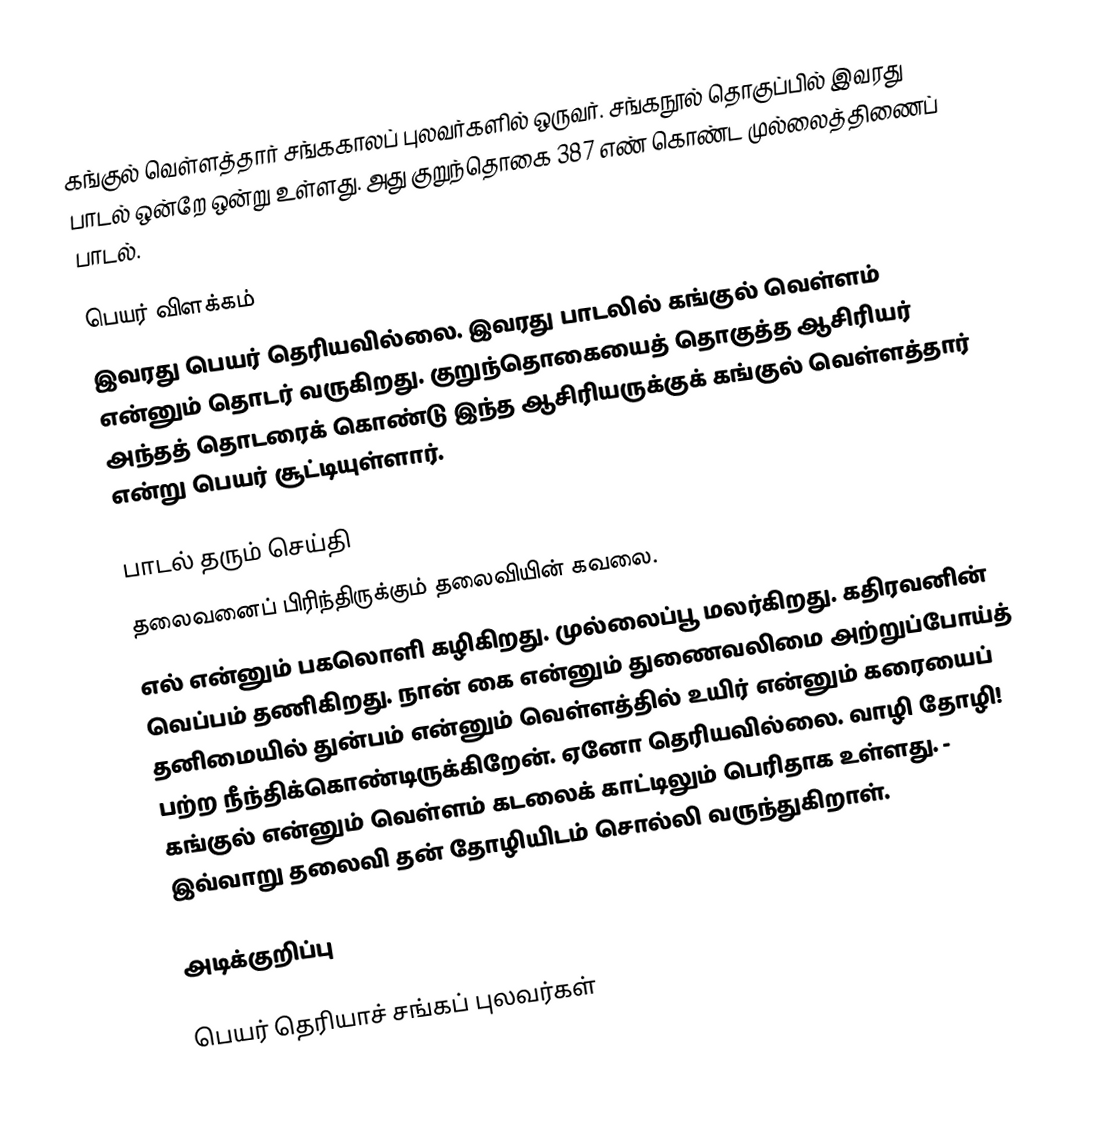
கங்குல் வெள்ளத்தார்  சங்ககாலப் புலவர்களில் ஒருவர். சங்கநூல் தொகுப்பில் இவரது பாடல் ஒன்றே ஒன்று உள்ளது. அது குறுந்தொகை 387 எண் கொண்ட முல்லைத்திணைப் பாடல்.

பெயர் விளக்கம்
இவரது பெயர் தெரியவில்லை. இவரது பாடலில் கங்குல் வெள்ளம் என்னும் தொடர் வருகிறது. குறுந்தொகையைத் தொகுத்த ஆசிரியர் அந்தத் தொடரைக் கொண்டு இந்த ஆசிரியருக்குக் கங்குல் வெள்ளத்தார் என்று பெயர் சூட்டியுள்ளார்.

பாடல் தரும் செய்தி
 தலைவனைப் பிரிந்திருக்கும் தலைவியின் கவலை.
 எல் என்னும் பகலொளி கழிகிறது. முல்லைப்பூ மலர்கிறது. கதிரவனின் வெப்பம் தணிகிறது. நான் கை என்னும் துணைவலிமை அற்றுப்போய்த் தனிமையில் துன்பம் என்னும் வெள்ளத்தில் உயிர் என்னும் கரையைப் பற்ற நீந்திக்கொண்டிருக்கிறேன். ஏனோ தெரியவில்லை. வாழி தோழி! கங்குல் என்னும் வெள்ளம் கடலைக் காட்டிலும் பெரிதாக உள்ளது. - இவ்வாறு தலைவி தன் தோழியிடம் சொல்லி வருந்துகிறாள்.

அடிக்குறிப்பு

பெயர் தெரியாச் சங்கப் புலவர்கள்